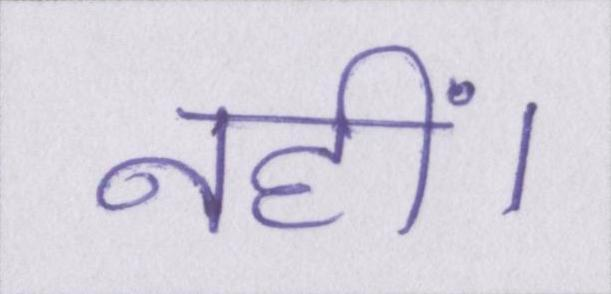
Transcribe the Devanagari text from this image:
नहीं।